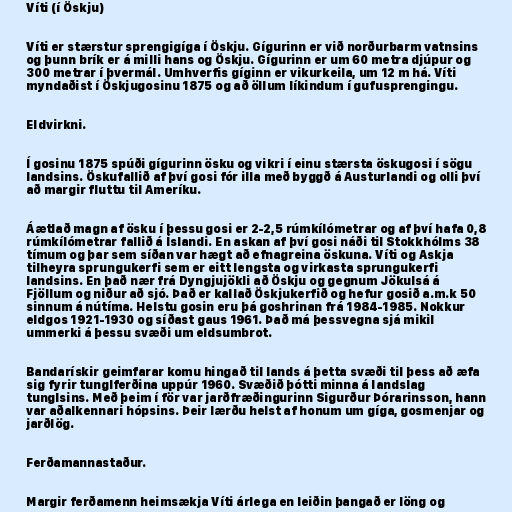
Víti (í Öskju)

Víti er stærstur sprengigíga í Öskju. Gígurinn er við norðurbarm vatnsins
og þunn brík er á milli hans og Öskju. Gígurinn er um 60 metra djúpur og
300 metrar í þvermál. Umhverfis gíginn er vikurkeila, um 12 m há. Víti
myndaðist í Öskjugosinu 1875 og að öllum líkindum í gufusprengingu.

Eldvirkni.

Í gosinu 1875 spúði gígurinn ösku og vikri í einu stærsta öskugosi í sögu
landsins. Öskufallið af því gosi fór illa með byggð á Austurlandi og olli því
að margir fluttu til Ameríku.

Áætlað magn af ösku í þessu gosi er 2-2,5 rúmkílómetrar og af því hafa 0,8
rúmkílómetrar fallið á Íslandi. En askan af því gosi náði til Stokkhólms 38
tímum og þar sem síðan var hægt að efnagreina öskuna. Víti og Askja
tilheyra sprungukerfi sem er eitt lengsta og virkasta sprungukerfi
landsins. En það nær frá Dyngjujökli að Öskju og gegnum Jökulsá á
Fjöllum og niður að sjó. Það er kallað Öskjukerfið og hefur gosið a.m.k 50
sinnum á nútíma. Helstu gosin eru þá goshrinan frá 1984-1985. Nokkur
eldgos 1921-1930 og síðast gaus 1961. Það má þessvegna sjá mikil
ummerki á þessu svæði um eldsumbrot.

Bandarískir geimfarar komu hingað til lands á þetta svæði til þess að æfa
sig fyrir tunglferðina uppúr 1960. Svæðið þótti minna á landslag
tunglsins. Með þeim í för var jarðfræðingurinn Sigurður Þórarinsson, hann
var aðalkennari hópsins. Þeir lærðu helst af honum um gíga, gosmenjar og
jarðlög.

Ferðamannastaður.

Margir ferðamenn heimsækja Víti árlega en leiðin þangað er löng og